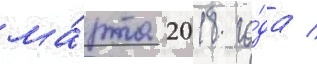
ма́рта 2018 го́да /